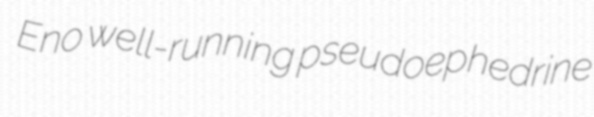
Eno well-running pseudoephedrine